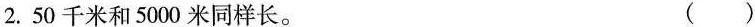
2.50千米和5000米同样长。 ()